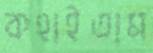
কহাইতাম